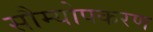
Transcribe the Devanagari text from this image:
सौम्योपकरण